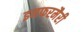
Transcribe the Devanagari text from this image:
इनफरमैरी